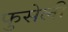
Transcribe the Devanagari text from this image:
फुसेली